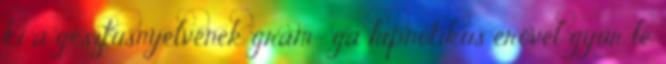
ki a gesztusnyelvének gram- ga hipnotikus erővel gyűr le.